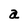
Character: a